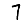
Digit: 7